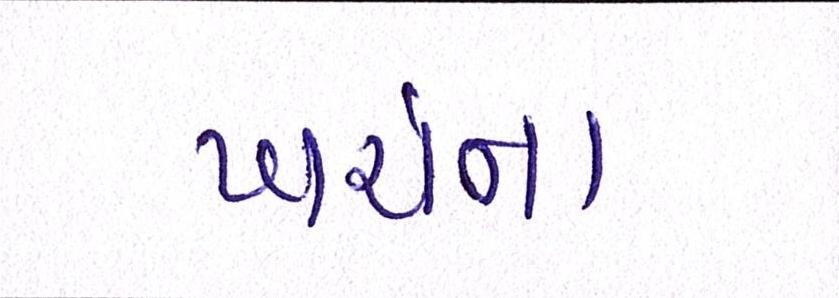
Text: ખર્ચના